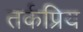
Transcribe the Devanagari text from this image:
तर्कप्रिय